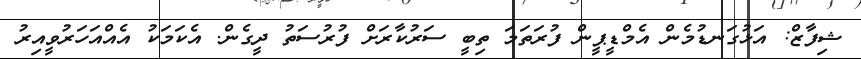
ޝިފާޒް: އަޅުގަނޑުމެން އެމްޑީޕީން ފުރަތަމަ ތިބީ ސަރުކާރަށް ފުރުސަތު ދީގެން. އެކަމަކު އެއްއަހަރުވީއިރު